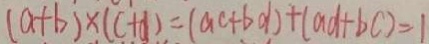
( a + b ) \times ( c + d ) = ( a c + b d ) + ( a d + b c ) = 1